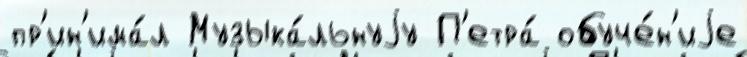
пр'ин'има́л Музыка́льнуjу П'етра́ обуче́н'иjе